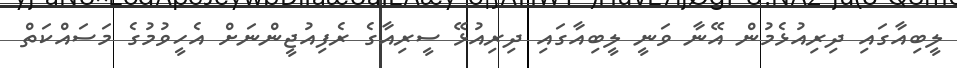
ލީބިއާގައި ދިރިއުޅެމުން އޭނާ ވަނީ ލީބިއާގައި ދިރިއުޅޭ ސީރިއާގެ ރެފިއުޖީންނަށް އެހީވުމުގެ މަސައްކަތް